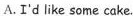
A.I'd like some cake.